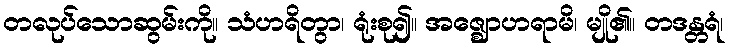
တလုပ်သောဆွမ်းကို။ သံဟရိတွာ၊ ရုံးစု၍။ အဇ္ဈောဟရာမိ၊ မျို၏။ တဒန္တရံ၊